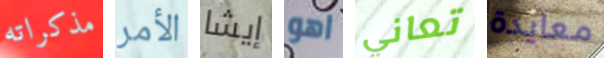
مذكراته الأمر إيشا اهو تعاني معايدة